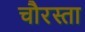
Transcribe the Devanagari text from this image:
चौरस्ता